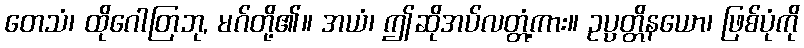
တေသံ၊ ထိုဂေါတြဘု, မဂ်တို့၏။ အယံ၊ ဤဆိုအပ်လတ္တံ့ကား။ ဥပ္ပတ္တိနယော၊ ဖြစ်ပုံကို